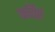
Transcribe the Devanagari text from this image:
कर्तितं